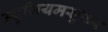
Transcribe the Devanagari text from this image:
म्युजियमसुफर